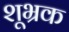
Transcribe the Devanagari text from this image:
शूभ्रक